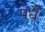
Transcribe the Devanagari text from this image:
पधै